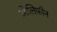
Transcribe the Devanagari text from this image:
ओलिफ़ीन